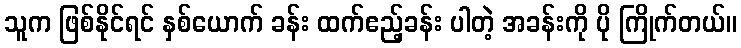
သူက ဖြစ်နိုင်ရင် နှစ်ယောက် ခန်း ထက်ဧည့်ခန်း ပါတဲ့ အခန်းကို ပို ကြိုက်တယ်။